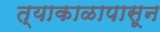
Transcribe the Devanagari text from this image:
त्याकाळापासून